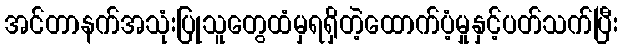
အင်တာနက်အသုံးပြုသူတွေထံမှရရှိတဲ့ထောက်ပံ့မှုနှင့်ပတ်သက်ပြီး